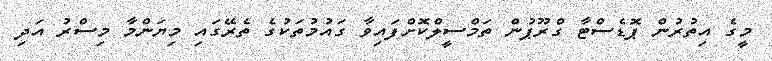
މީގެ އިތުރުން ޕޮޑެސްޓާ ގްރޫޕުން ތަމްސީލްކޮށްފައިވާ ގައުމުތަކުގެ ތެރޭގައި މިޔަންމާ މިސްރު އަދި